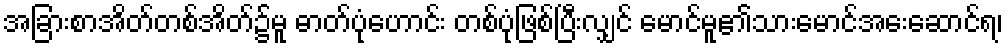
အခြားစာအိတ်တစ်အိတ်၌မူ ဓာတ်ပုံဟောင်း တစ်ပုံဖြစ်ပြီးလျှင် မောင်မူ၏သားမောင်အေးဆောင်ရ၊